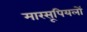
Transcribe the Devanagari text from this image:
मारसूपियलों